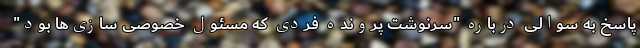
پاسخ به سوالی درباره "سرنوشت پرونده فردی که مسئول خصوصی سازی‌ها بود"